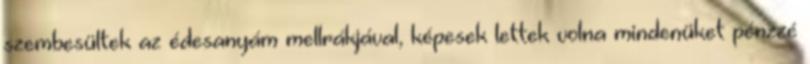
szembesültek az édesanyám mellrákjával, képesek lettek volna mindenüket pénzzé